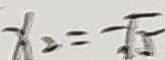
x _ { 2 } = - \sqrt { 5 }